Leningradi_Edasi_toimetus, lk 46
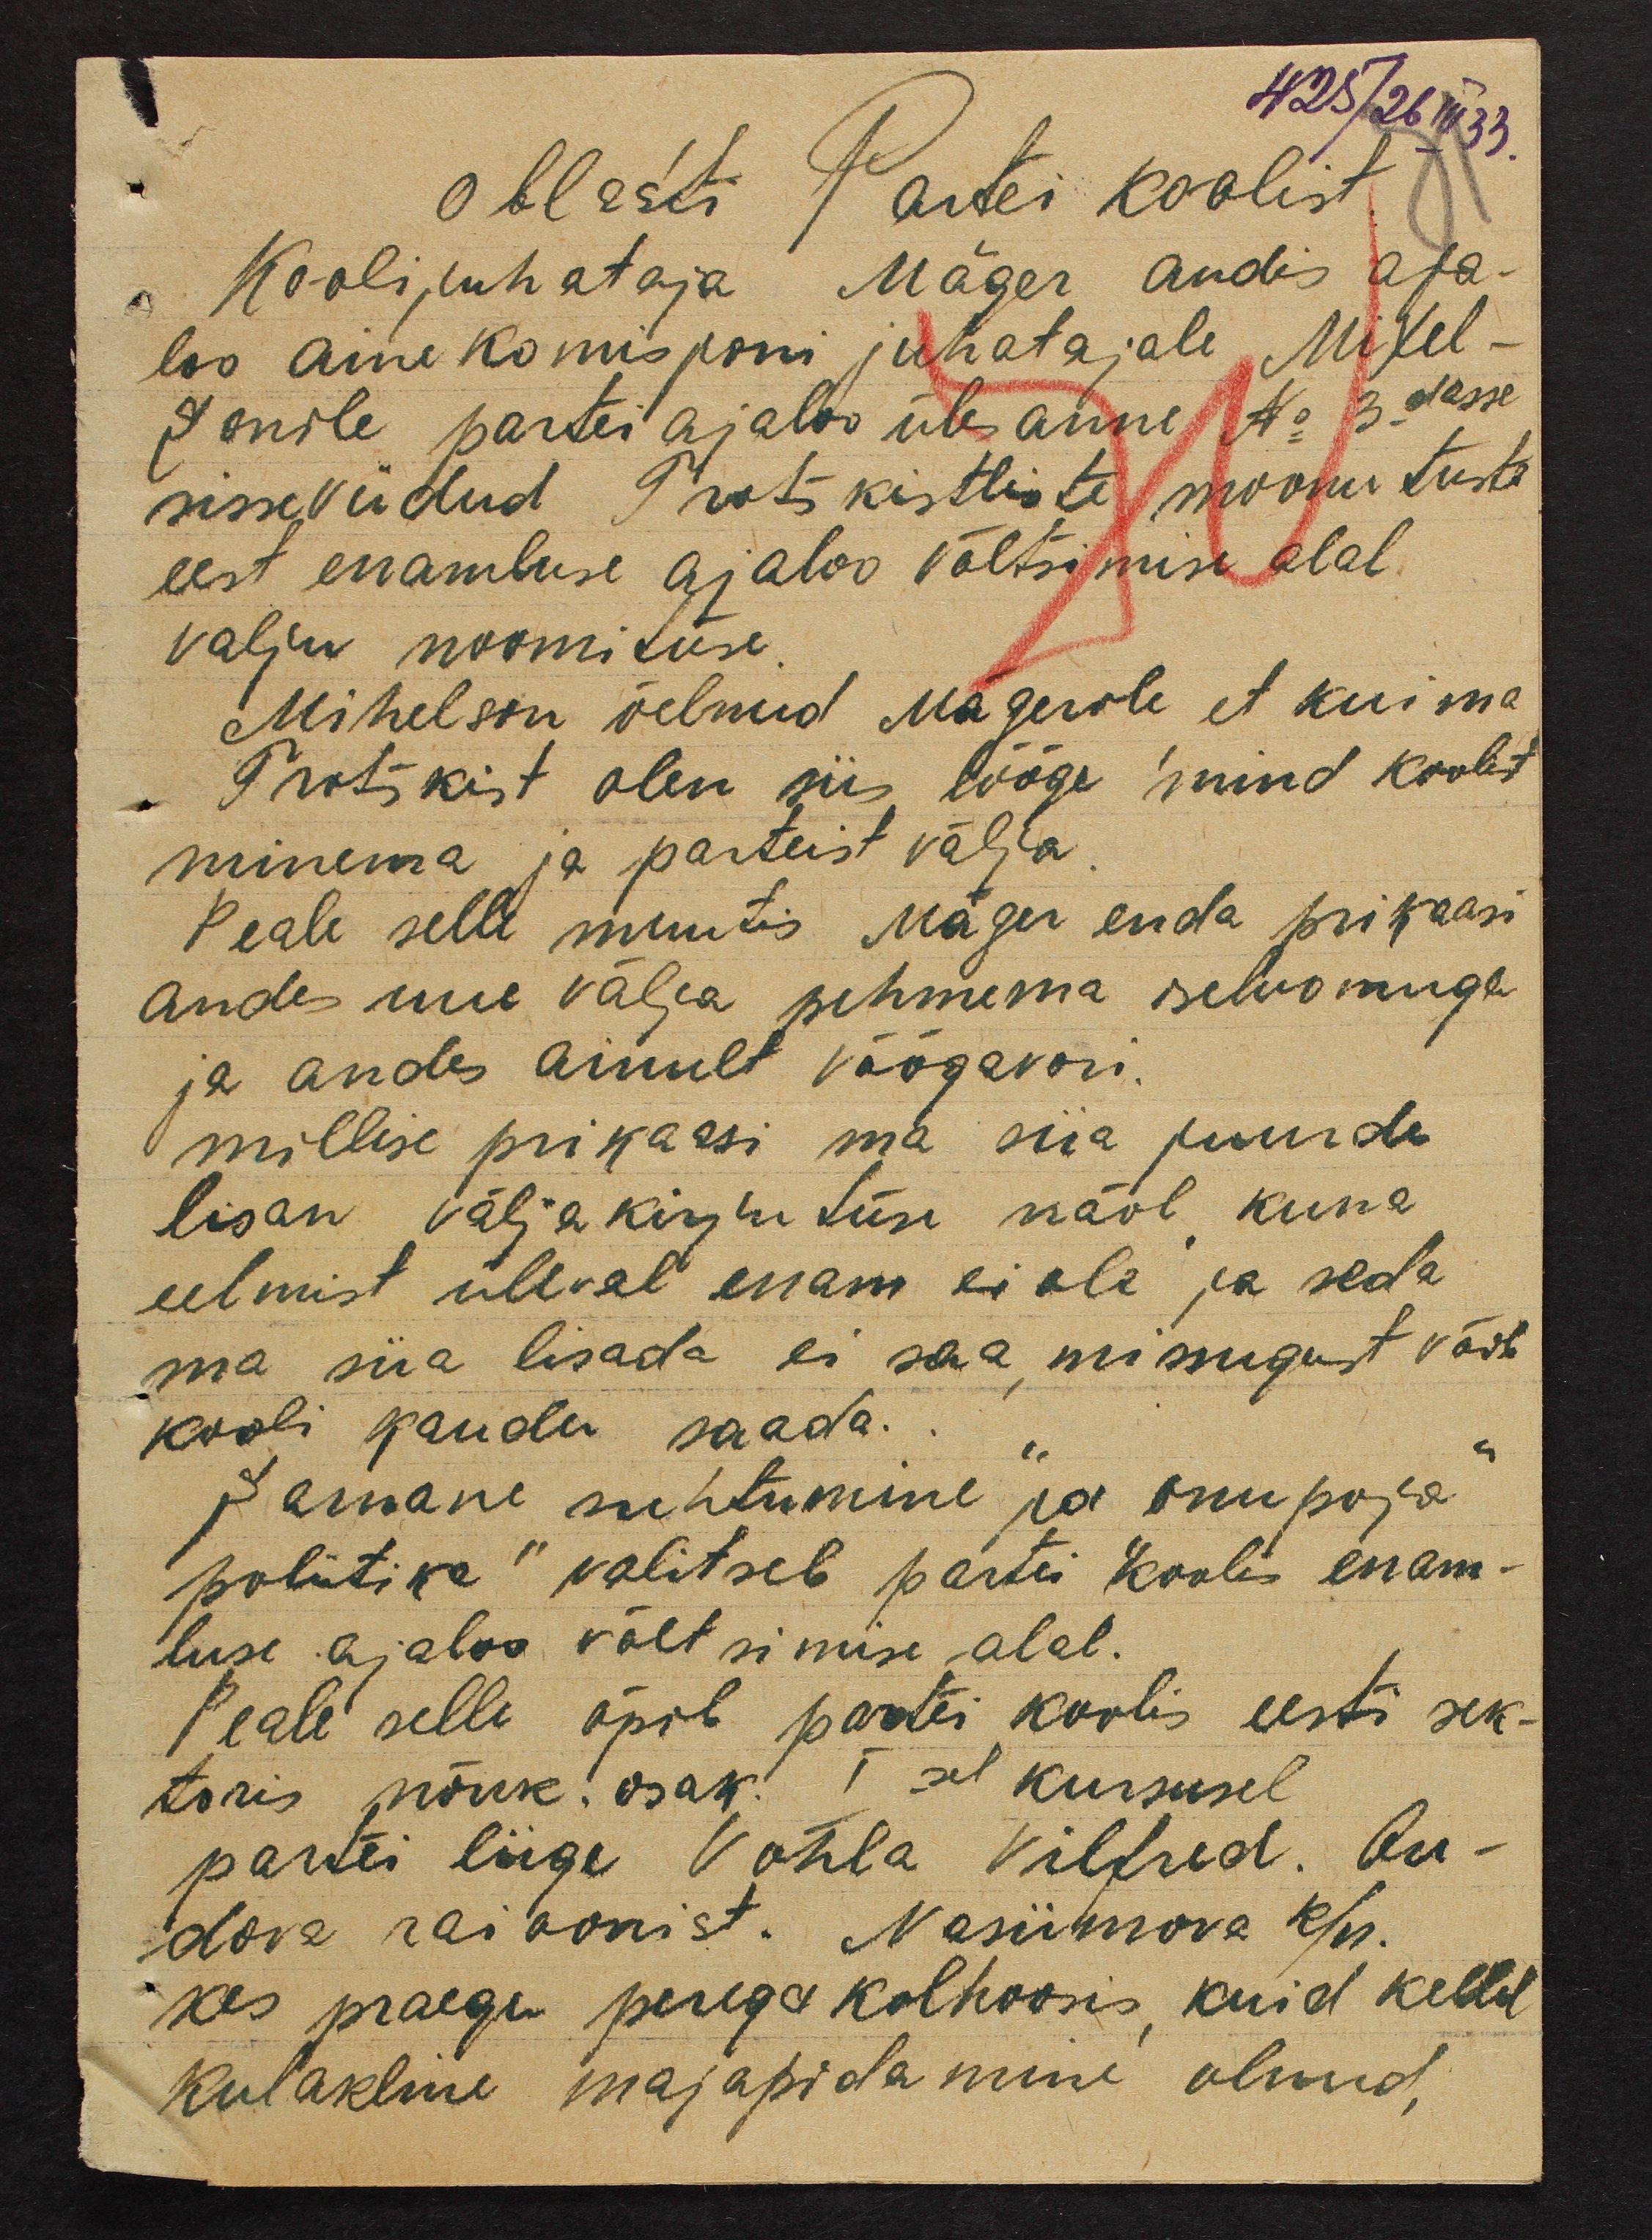
425/26 III 33.
Oblasti Partei koolist
Koolijuhataja Mäger andis aja-
loo ainekomisjoni juhatajale Mikel-
sonile partei ajaloo ülesanne No 3dasse
sisseviidud Trotškistliste moonutuste
eest enamluse ajaloo võltsimise alal
valju noomituse.
Mihelson öelnud Mägerile, et kui ma
Trotškist olen siis lööge mind koolist
minema ja parteist välja.
Peale selle muutis Mäger enda prikaasi
andes uue välja pehmema iseloomuga
ja andes ainult võõgavori.
millise prikaasi ma siia juurde
lisan väljakirjutuse näol, kuna
eelmist üleval enam ei ole ja seda
ma siia lisada ei saa, missugust võib
kooli kaudu saada.
Sarnane "suhtumine" ja "onupoja"
poliitika" valitseb partei koolis enam-
luse ajaloo võltsimise alal.
Peale selle õpib partei koolis eesti sek-
toris nõuk. osak. Isel kursusel
partei liige Vohla Vilfred. Ou-
dova raioonist. Nasiimova k/n.
kes praegu perega kolhoosis, kuid kellel
kulakline majapidamine olnud,